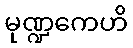
မုဏ္ဍကေဟိ